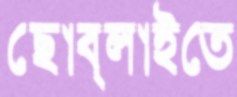
ছোব্‌লাইতে